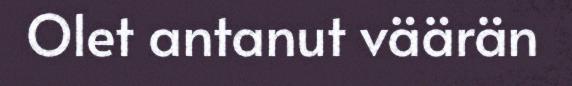
Olet antanut väärän